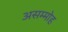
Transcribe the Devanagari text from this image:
असम्मोह